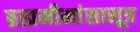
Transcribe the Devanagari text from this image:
ब्रह्ममीमांसासूत्र